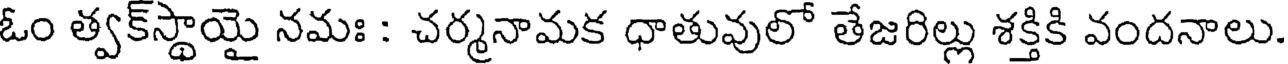
ఓం త్వక్స్థాయై నమః : చర్మనామక ధాతువులో తేజరిల్లు శక్తికి వందనాలు